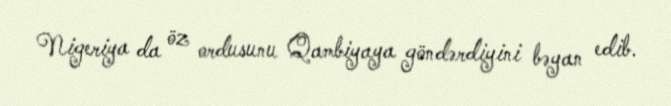
Nigeriya da öz ordusunu Qambiyaya göndərdiyini bəyan edib.